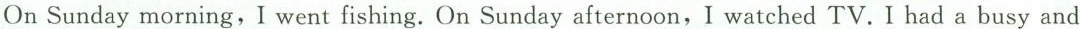
On Sunday morning, I went fishing. On Sunday afternoon,I watched TV.I had a busy and